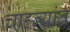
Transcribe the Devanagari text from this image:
चाहत्यांत